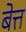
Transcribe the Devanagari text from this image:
बेत्त